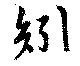
矧